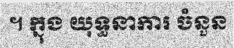
។ ក្នុង យុទ្ធនាការ ចំនួន